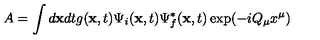
A = \int d { \bf x } d t g ( { \bf x } , t ) \Psi _ { i } ( { \bf x } , t ) \Psi _ { f } ^ { * } ( { \bf x } , t ) \exp ( - i Q _ { \mu } x ^ { \mu } )